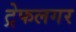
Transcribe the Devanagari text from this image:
ट्रेफलगर